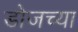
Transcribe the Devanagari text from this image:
डोजच्या